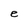
Character: e